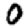
Digit: 0